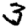
Digit: 3